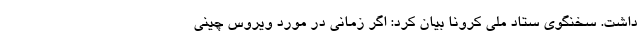
داشت. سخنگوی ستاد ملی کرونا بیان کرد: اگر زمانی در مورد ویروس چینی